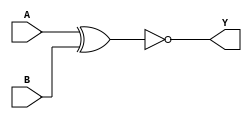
module sky130_fd_sc_ms__xnor2 (
    Y,
    A,
    B
);

    // Module ports
    output Y;
    input  A;
    input  B;

    // Local signals
    wire xnor0_out_Y;

    //   Name   Output       Other arguments
    xnor xnor0 (xnor0_out_Y, A, B           );
    buf  buf0  (Y          , xnor0_out_Y    );

endmodule